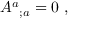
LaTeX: { A ^ { a } } _ { ; a } = 0 \ ,